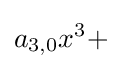
a_{3,0}x^{3}+